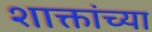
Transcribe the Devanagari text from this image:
शाक्तांच्या